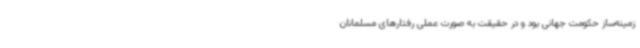
زمینه‌ساز حکومت جهانی بود و در حقیقت به صورت عملی رفتارهای مسلمانان